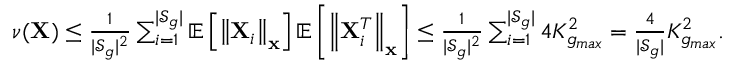
\begin{array} { r } { \nu ( \mathbf { X } ) \le \frac { 1 } { | \mathcal { S } _ { g } | ^ { 2 } } \sum _ { i = 1 } ^ { | \mathcal { S } _ { g } | } \mathbb { E } \left[ \left\| \mathbf { X } _ { i } \right\| _ { \mathbf { x } } \right] \mathbb { E } \left[ \left\| \mathbf { X } _ { i } ^ { T } \right\| _ { \mathbf { x } } \right] \le \frac { 1 } { | \mathcal { S } _ { g } | ^ { 2 } } \sum _ { i = 1 } ^ { | \mathcal { S } _ { g } | } 4 K _ { g _ { m a x } } ^ { 2 } = \frac { 4 } { | \mathcal { S } _ { g } | } K _ { g _ { m a x } } ^ { 2 } . } \end{array}